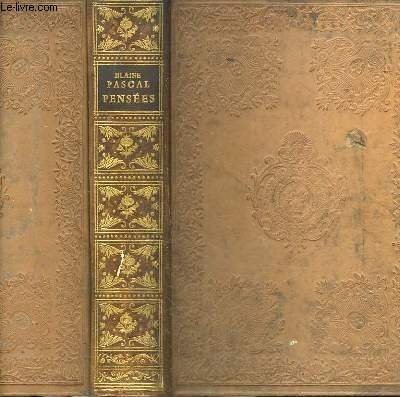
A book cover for Pensees; with introduction by T.S. Eliot Pascal Blaise; Politics & Social Sciences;